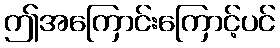
ဤအကြောင်းကြောင့်ပင်